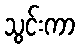
သွင်းကာ